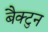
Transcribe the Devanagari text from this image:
बैक्टुन